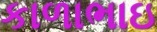
કાળાભાઇ